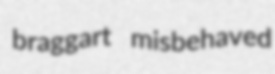
braggart misbehaved